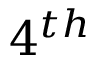
4 ^ { t h }